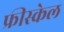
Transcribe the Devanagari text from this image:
फ्रीस्केल